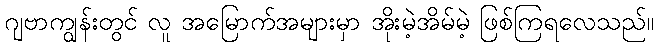
ဂျဗာကျွန်းတွင် လူ အမြောက်အများမှာ အိုးမဲ့အိမ်မဲ့ ဖြစ်ကြရလေသည်။